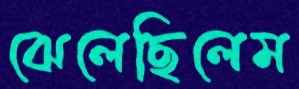
ঝেলেছিলেম